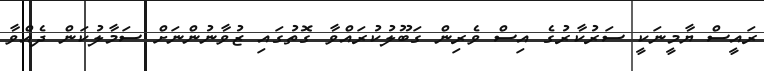
ރައީސް ޔާމީނަކީ ސަރުކާރުގެ އިސް ވެރިން ގަބޫލުކުރައްވާ ގޮތުގައި ޒުވާނުންނަށް ސަމާލުކަން ދެއްވާ